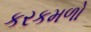
કરકમળો